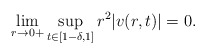
\begin{align*}\lim\limits_{r\to0+}\sup_{t\in[1-\delta,1]}r^2|v(r,t)|=0.\end{align*}